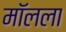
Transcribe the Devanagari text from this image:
मॉलला